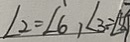
\angle 2 = \angle 6 , \angle 3 = \angle 8